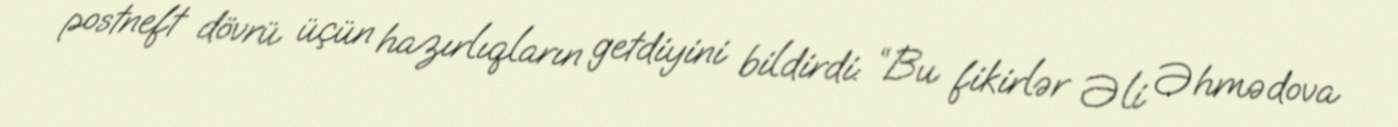
postneft dövrü üçün hazırlıqların getdiyini bildirdi: “Bu fikirlər Əli Əhmədova